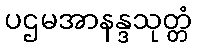
ပဌမအာနန္ဒသုတ္တံ